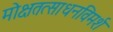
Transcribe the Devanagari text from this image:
मोक्षतत्साधनविमर्श